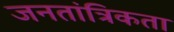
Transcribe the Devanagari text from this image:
जनतांत्रिकता